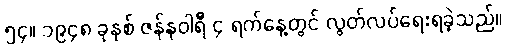
၅၄။ ၁၉၄၈ ခုနှစ် ဇန်နဝါရီ ၄ ရက်နေ့တွင် လွတ်လပ်ရေးရခဲ့သည်။